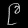
Digit: ၉